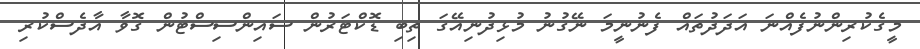
މީގެކުރިންނުފެއްނަ އަދަދުތައް ފެނުނީމަ ނޭގުނު މުޅިދުނިއޭގަ ތިބި ޑޮކްޓަރުން ސައިންސިސްޓުން ގޮވާ އާދެސްކުރި